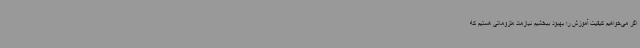
اگر می‌خواهیم کیفیت آموزش را بهبود ببخشیم نیازمند ملزوماتی هستیم که